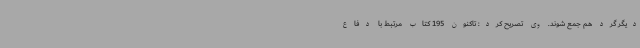
دیگر گرد هم جمع شوند. وی تصریح کرد: تاکنون 195 کتاب مرتبط با دفاع